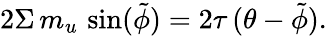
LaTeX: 2\Sigma\, m_{u}\, \sin(\tilde{\phi})=2{\tau}\, (\theta-\tilde{\phi}).